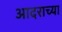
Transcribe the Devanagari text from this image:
आदराच्या